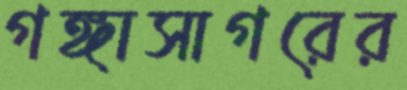
গঙ্গাসাগরের